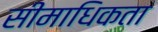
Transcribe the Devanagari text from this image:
सीमाधिकता